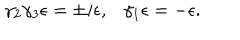
\gamma _ { 2 } \gamma _ { 3 } \epsilon = \pm i \epsilon , \ \ \ \gamma _ { 1 } \epsilon = - \epsilon .